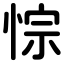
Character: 悰